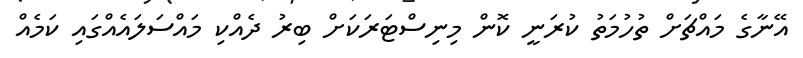
އޭނާގެ މައްޗަށް ތުހުމަތު ކުރަނީ ކޮން މިނިސްޓަރަކަށް ބިރު ދެއްކި މައްސަލައެއްގައި ކަމެއް